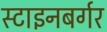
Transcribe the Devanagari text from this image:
स्टाइनबर्गर